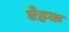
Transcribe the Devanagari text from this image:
ऐहक